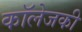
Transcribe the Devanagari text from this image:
कॉलेजकी